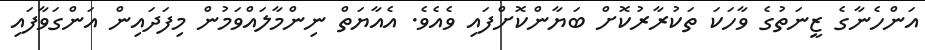
އަންހެނާގެ ޒީނަތުގެ ވާހަކަ ތަކުރާރުކޮށް ބަޔާންކޮށްފައި ވެއެވެ. އެއާޔަތް ނިންމާލައްވަމުން މިފަދައިން އަންގަވާފައި